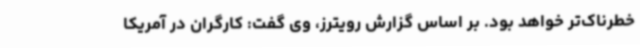
خطرناک‌تر خواهد بود. بر اساس گزارش رویترز، وی گفت: کارگران در آمریکا